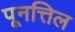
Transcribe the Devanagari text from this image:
पूनत्तिल